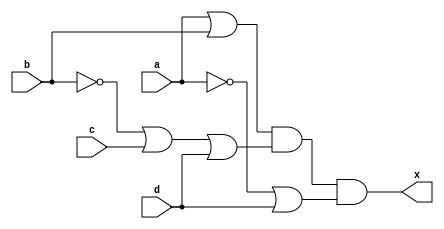
module pos_genisletilmemis(x,a,b,c,d);

input a,b,c,d;
wire one,two,three,an,bn,cn,dn;
output x;

not (an,a);
not (bn,b);
not (cn,c);
not (dn,d);

or(one,a,b);
or(two,bn,c,d);
or(three,an,d);

and(x,one,two,three);

endmodule